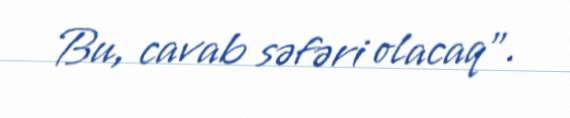
Bu, cavab səfəri olacaq".